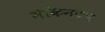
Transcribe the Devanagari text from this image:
मेकिनटच